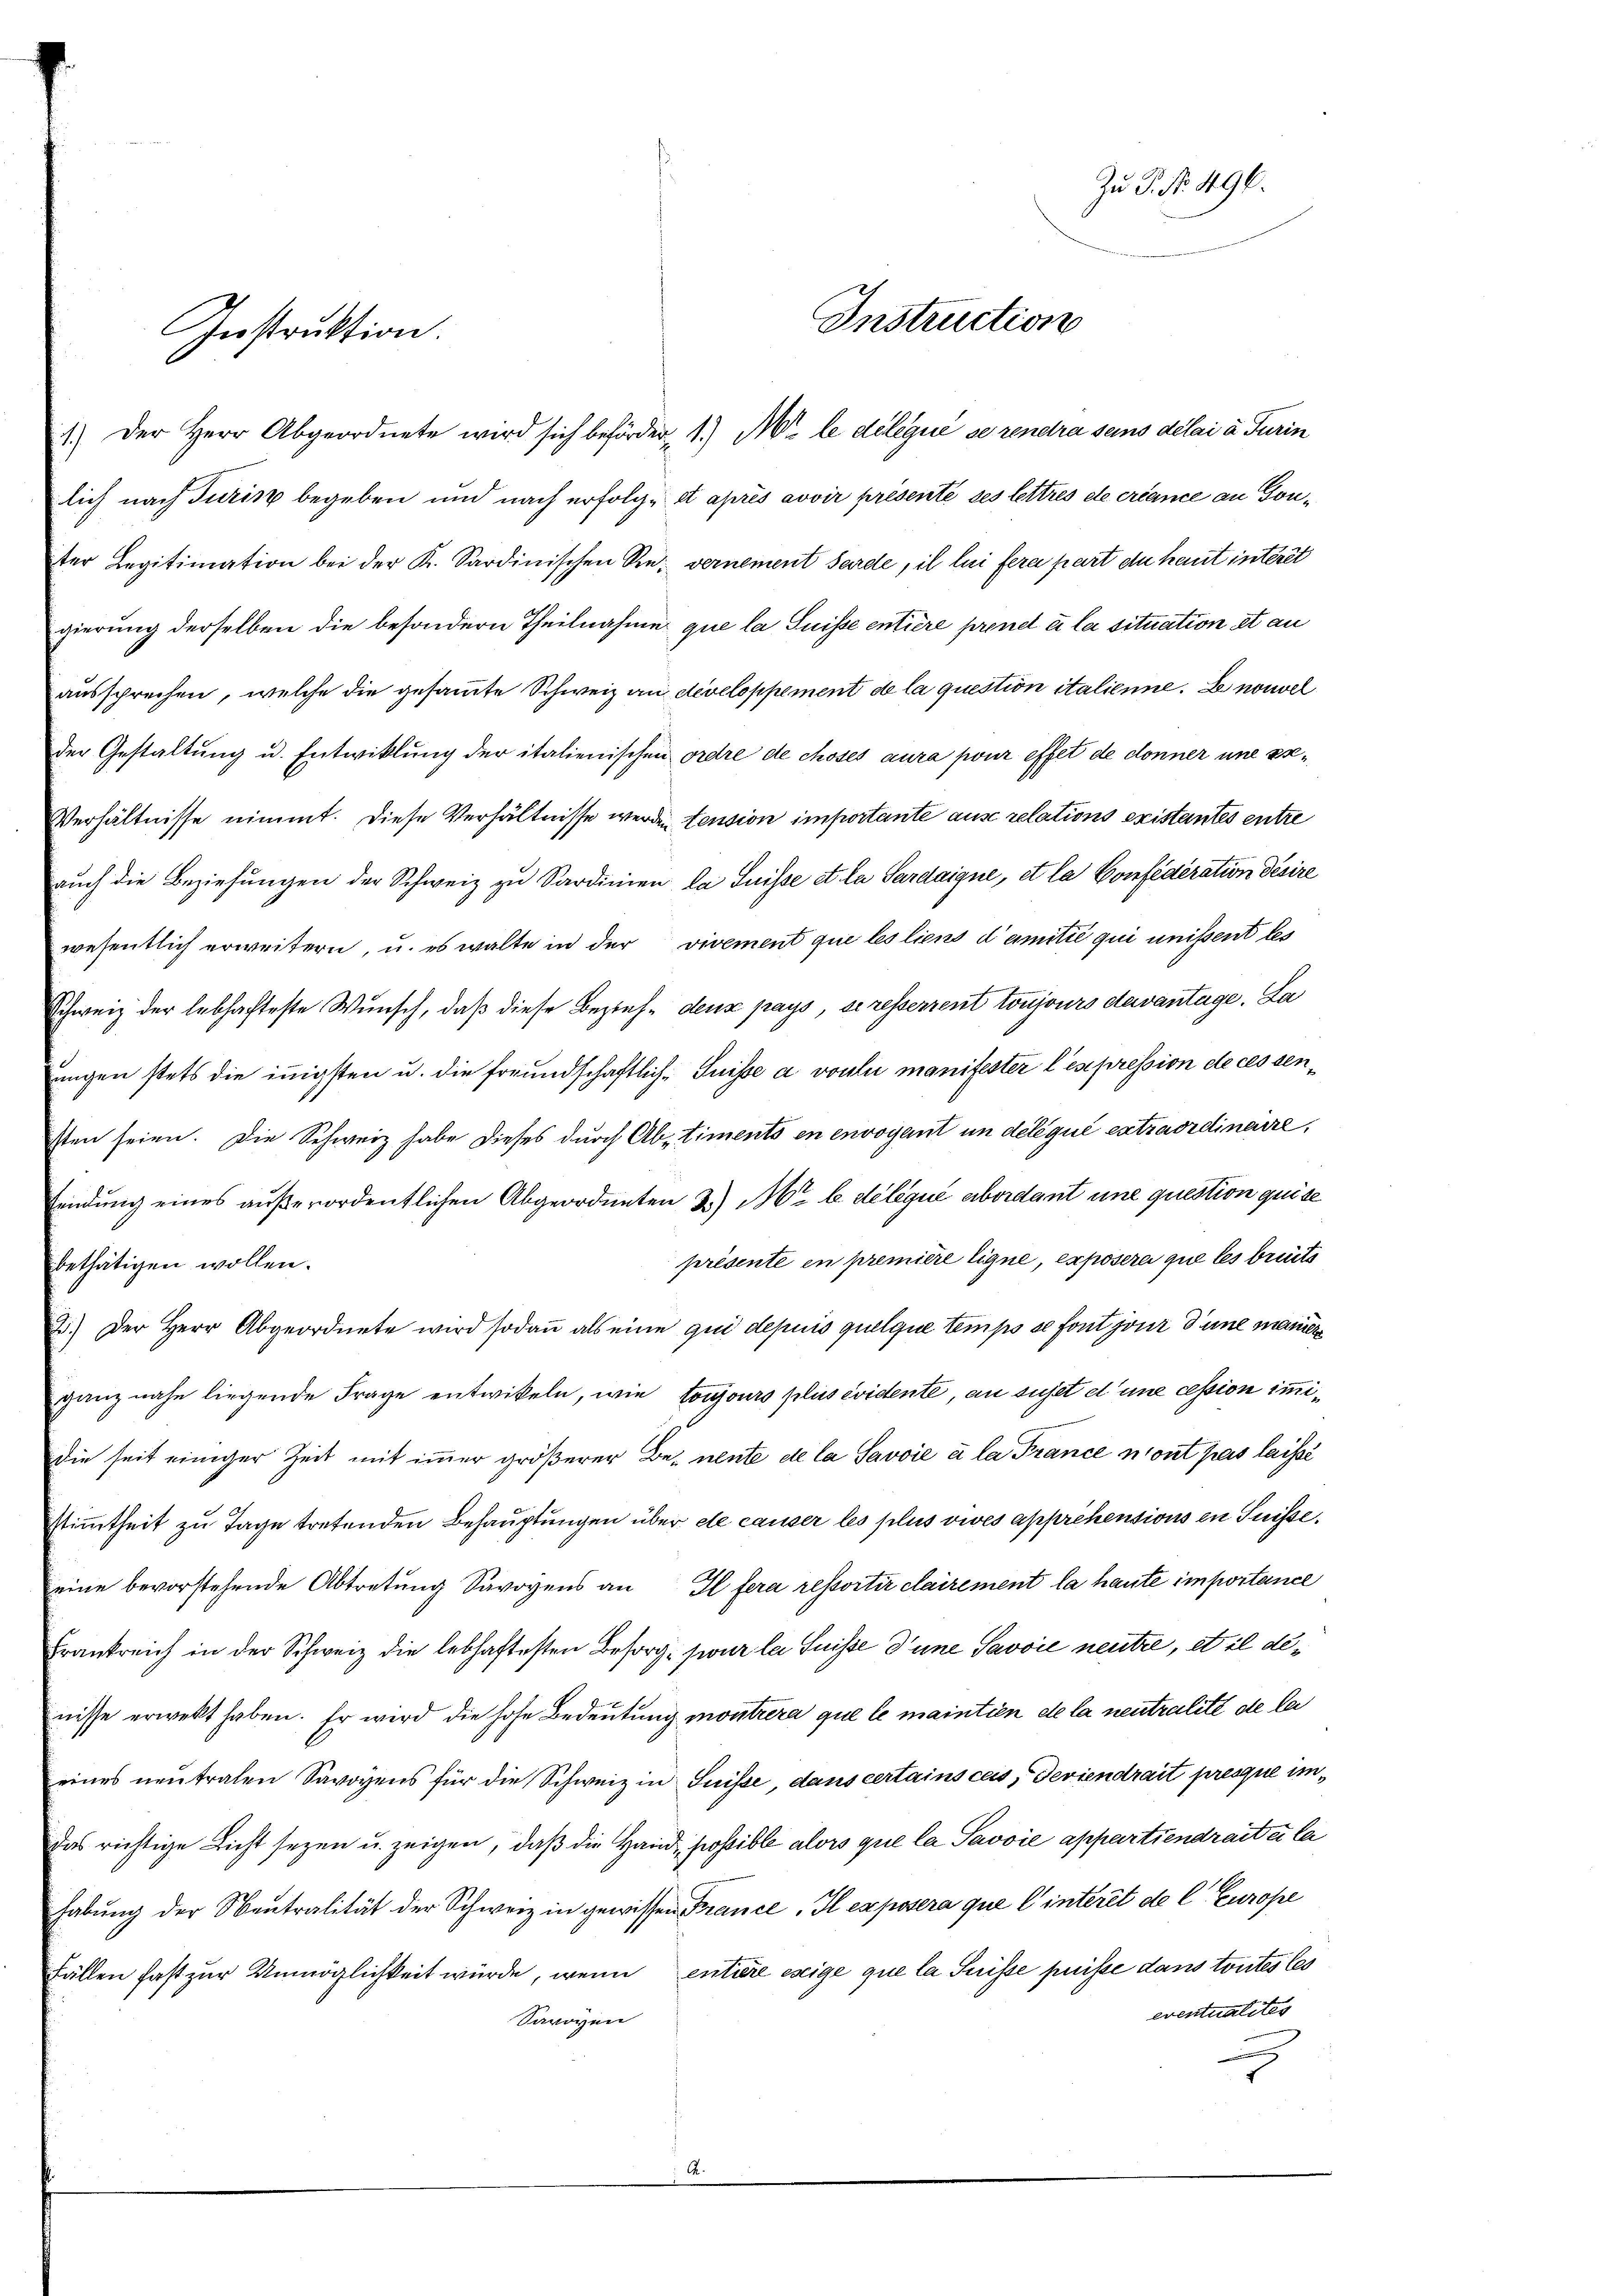
Instruktion.

Zu P. Nr. 496.
Instruction

1.) Der Herr Abgeordnete wird sich beförder, 1.) Mir le délégué se rendra seins délai à Turin
lich nach Juris begeben und nach erfolge et après avoir présenté ses lettres de créance an Gouter Legitimation bei der K. Sardinischen Sie vernement Sarde, il lui fera part die kaut interet
gierung derselben die besondern Theilnahme que la Suisse entière prend à la situation et an
aussprechen, welche die gesammte Schweiz an developpement et la question italienne. Le nouvel
der Gestaltung u. Entwicklung der italienischen ordre de choses aura pour effet de donner une er¬
Verhältnisse nimmt. Diese Verhältnisse werden tension importante ause relations existantes entre
auch die Beziehungen der Schweiz zu Sardinien la Suisse et la Sardaigne, et la Confederation désire
wesentlich erweitern, u. es walte in der vivement que les liens damitié qui unissent les
Schweiz der lebhafteste Wunsch, daß diese Beziehe dens pays, se resserrent toujours devantage. La
ungen stets die innigsten u. die freundschaftlich-Suisse a voulii manifester l’expression de cessensten seien. Die Schweiz habe dieses durch Abstiments en envoyent in deliqué extraordinaire,
endung eines außerordentlichen Abgeordneten 3.) Mt b. deliqué abordant une question quise
présente in première Eigne, exposere que les breits
bethätigen wollen.
2.) Der Herr Abgeordnete wird sodaṅ als eine qui depuis quelque temps se font jour d’une manier
ganz nahe liegende Frage entwikeln, wie toujours plus évidente, an sujet d’une cession imidie seit einiger Zeit mit immer größerer Be-nente de la Savoie à la France mont pas laissé
Stimmtheit zu Tage tretenden Behauptungen über ele causer les plus vives apprehensions in Suisseeine bevorstehende Abtretung Savoyens an Il fera ressortir clairement la haute importance
Frankreich in der Schweiz die lebhaftesten Besorg- sur la Suisse d’une Savvić neutre, et il denisse erwekt haben. Er wird die hohe Bedeutung montrera que le maintien de la neutralité de la
eines neutralen Savoyens für die Schweiz in Suisse, dans certains ces, deviendrait presque imdas richtige Licht seyen u. zeigen, daß die Hand possible alors que la Savoie appartiendraite la
habung der Sentralität der Schweiz in gewissen France. Il exposera que l’interit de C Europe
Fällen fast zur Unmöglichkeit würde, wenn entiere eseige que la Suisse puisse dans toutes les
eventualites
Savoyen
g